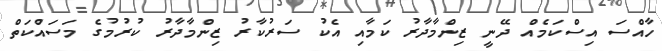
ހާއްސަ އިސްކަމެއް ދޭނީ ޒިންމާދާރު ކަމާއި އެކު ސަރުކާރު ޒިންމާދާރު ކުރުމުގެ މަސައްކަތް